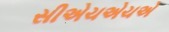
સીએચએચએ